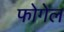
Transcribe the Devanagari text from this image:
फोगेल